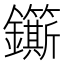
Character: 𮣬